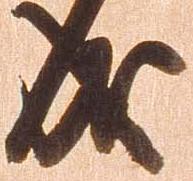
成